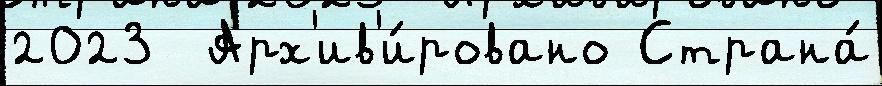
2023  Арх'ив'и́ровано Страна́